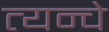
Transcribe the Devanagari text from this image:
त्यन्चे